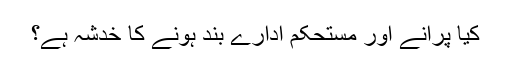
کیا پرانے اور مستحکم ادارے بند ہونے کا خدشہ ہے؟